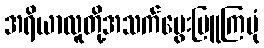
အရိယာလူတို့အသက်မွေးမြူကြပုံ